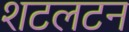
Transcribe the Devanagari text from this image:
शटलटन